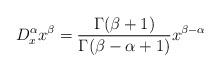
LaTeX: \begin{align*}D_x^\alpha x^\beta=\frac{\Gamma(\beta+1)}{\Gamma(\beta-\alpha+1)}x^{\beta-\alpha}\quad\end{align*}